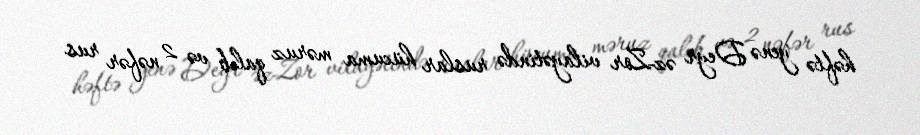
həftə yenə Deyr əz-Zor vilayətində ruslar hücuma məruz qalıb və 2 nəfər rus